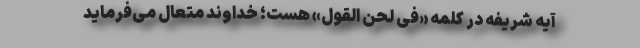
آیه شریفه در کلمه «فی لَحْنِ الْقَوْلِ» هست؛ خداوند متعال می‌فرماید